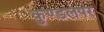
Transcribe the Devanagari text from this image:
कुण्डलपर